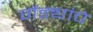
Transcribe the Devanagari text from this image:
गेंड्यांचे